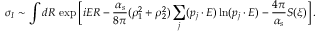
\sigma _ { I } \sim \int d R \, \exp \Big [ i E R - \frac { \alpha _ { s } } { 8 \pi } ( \rho _ { 1 } ^ { 2 } + \rho _ { 2 } ^ { 2 } ) \sum _ { j } ( p _ { j } \cdot E ) \ln ( p _ { j } \cdot E ) - \frac { 4 \pi } { \alpha _ { s } } S ( \xi ) \Big ] \, .